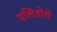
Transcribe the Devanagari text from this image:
एलिडोरो